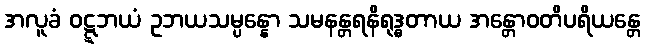
အလူခံ ဝဋ္ဋဘယံ ဥဘယသမ္ပန္နော သမနန္တရနိရုဒ္ဓတာယ အန္တောဝတိပရိယန္တေ